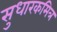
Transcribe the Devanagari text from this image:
सुधारकमित्र